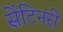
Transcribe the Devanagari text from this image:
सेंटिनरी